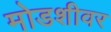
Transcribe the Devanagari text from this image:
मोडशीवर